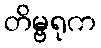
တိမ္ဗရုက